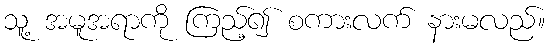
သူ့ အမူအရာကို ကြည့်၍ စကားလက် နားမလည်။